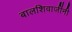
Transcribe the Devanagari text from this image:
बालशिवाजींनी